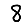
Digit: 8